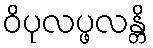
ဝိပုလပ္ဖလန္တိ